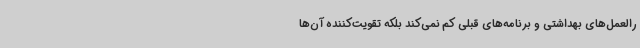
رالعمل‌های بهداشتی و برنامه‌های قبلی کم نمی‌کند بلکه تقویت‌کننده آن‌ها